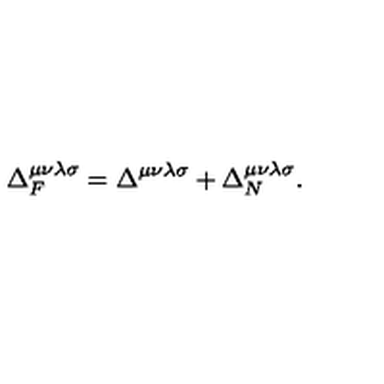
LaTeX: \Delta _ { F } ^ { \mu \nu \lambda \sigma } = \Delta ^ { \mu \nu \lambda \sigma } + \Delta _ { N } ^ { \mu \nu \lambda \sigma } .